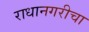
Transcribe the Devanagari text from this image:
राधानगरीचा